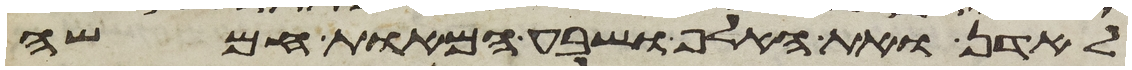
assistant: לאדן ואת האלף ושבע המאות חמשה